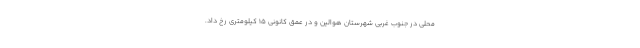
محلی در جنوب غربی شهرستان هوالین و در عمق کانونی ۱۵ کیلومتری رخ داد.